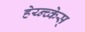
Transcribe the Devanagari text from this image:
हेय्न्च्केस्